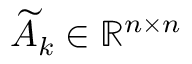
\ensuremath { \widetilde { A } } _ { k } \in \ensuremath { \mathbb { R } } ^ { n \times n }